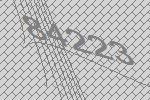
84223